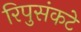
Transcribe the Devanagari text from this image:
रिपुसंकटे